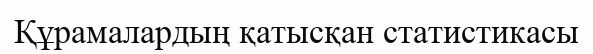
Құрамалардың қатысқан статистикасы